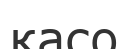
қасо